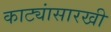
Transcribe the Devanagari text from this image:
काट्यांसारखी